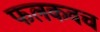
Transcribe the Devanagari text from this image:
फलकवच